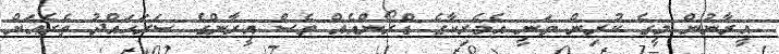
އީރާނުން މީގެ ކުރިން ވަނީ އެމެރިކާގެ ޑްރޯންއެއް ވެސް އީރާންގެ ސަރަހައްދު ތެރެއަށް